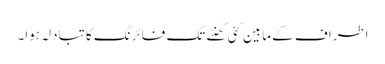
اطراف کے مابین کئی گھنٹے تک فائرنگ کا تبادلہ ہوا۔